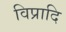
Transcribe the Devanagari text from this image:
विप्रादि